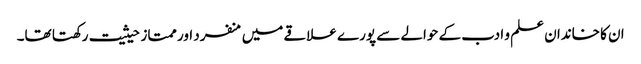
ان کا خاندان علم و ادب کے حوالے سے پورے علاقے میں منفرد اور ممتاز حیثیت رکھتا تھا۔